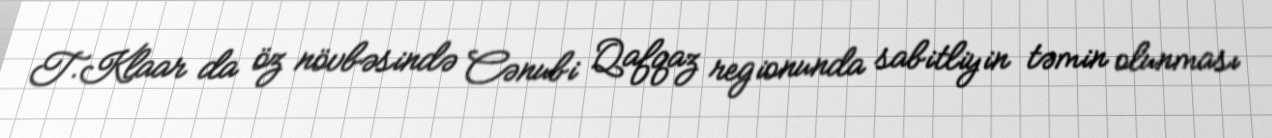
T.Klaar da öz növbəsində Cənubi Qafqaz regionunda sabitliyin təmin olunması